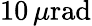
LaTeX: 10\, \mu\mathrm{rad}